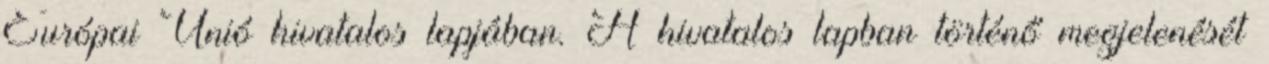
Európai Unió hivatalos lapjában. A hivatalos lapban történő megjelenését